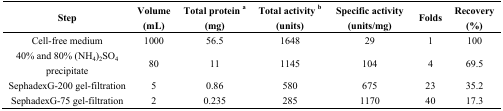
| Step | Volume (mL) | Total protein a (mg) | Total activity b (units) | Specific activity (units/mg) | Folds | Recovery (%) |
 | --- | --- | --- | --- | --- | --- | --- |
 | Cell-free medium | 1000 | 56.5 | 1648 | 29 | 1 | 100 |
 | 40% and 80% (NH4)2SO4 precipitate | 80 | 11 | 1145 | 104 | 4 | 69.5 |
 | SephadexG-200 gel-filtration | 5 | 0.86 | 580 | 675 | 23 | 35.2 |
 | SephadexG-75 gel-filtration | 2 | 0.235 | 285 | 1170 | 40 | 17.3 |